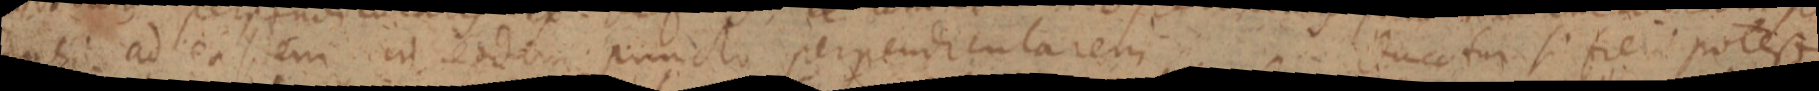
dati ad easdem in eodim puncto perpendicularem ducatur si fieri potest